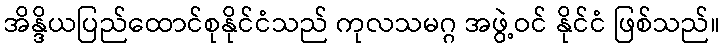
အိန္ဒိယပြည်ထောင်စုနိုင်ငံသည် ကုလသမဂ္ဂ အဖွဲ့ဝင် နိုင်ငံ ဖြစ်သည်။